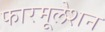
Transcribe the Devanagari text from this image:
फारमूलेशन